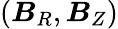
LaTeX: (\boldsymbol{B}_{R},\boldsymbol{B}_{Z})